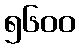
၅၆၀၀